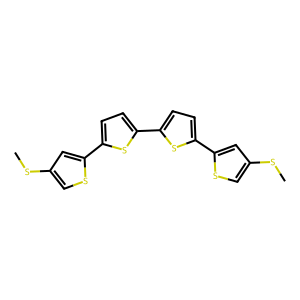
SMILES: CSc1csc(-c2ccc(-c3ccc(-c4cc(SC)cs4)s3)s2)c1
Inhibits HIV replication: No